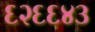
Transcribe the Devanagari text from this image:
६२६६४३